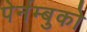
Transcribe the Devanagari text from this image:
पेर्नम्बुको